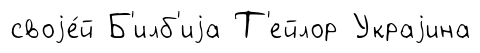
своjе́й Б'илб'иjа Т'ейлор Украjина